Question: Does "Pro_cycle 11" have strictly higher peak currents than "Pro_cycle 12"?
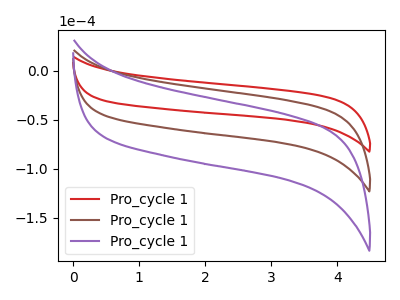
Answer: <think>The red curve "Pro_cycle 11" has no peaks. The brown curve "Pro_cycle 12" has no peaks. The purple curve "Pro_cycle 13" has no peaks.</think>
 <answer>Niether CV has any peaks.</answer>
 <eval>blanks</eval>